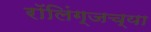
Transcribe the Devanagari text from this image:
रॉलिंग्जच्या